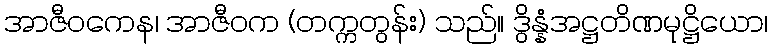
အာဇီဝကေန၊ အာဇီဝက (တက္ကတွန်း) သည်။ ဒွိန္နံအဋ္ဌတိဏမုဋ္ဌိယော၊